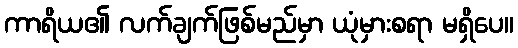
ကာရိယ၏ လက်ချက်ဖြစ်မည်မှာ ယုံမှားစရာ မရှိပေ။